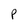
Character: P